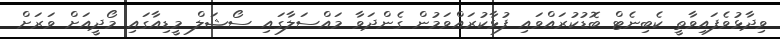
ވިދާޅުވެފައިވާތީ ކެބިނެޓް ބޮޑުކުރައްވައި ފުޅާކުރައްވަމުން ގެންދަވާ މައްސަލާގައި ސޯޝަލް މީޑިއާގައި މޯދީއަށް ވަރަށް